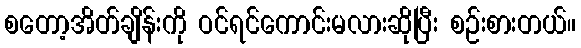
စတော့အိတ်ချိန်းကို ဝင်ရင်ကောင်းမလားဆိုပြီး စဉ်းစားတယ်။